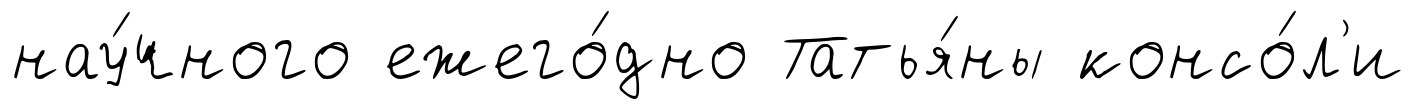
нау́чного ежего́дно Татья́ны консо́л'и